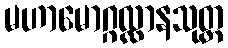
မဟာမောဂ္ဂလ္လာနသုတ္တ